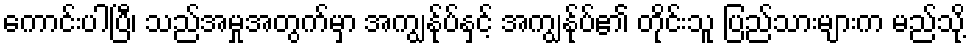
ကောင်းပါပြီ၊ သည်အမှုအတွက်မှာ အကျွန်ုပ်နှင့် အကျွန်ုပ်၏ တိုင်းသူ ပြည်သားများက မည်သို့